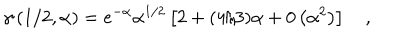
\gamma \left( 1 / 2 , \alpha \right) = e ^ { - \alpha } \alpha ^ { 1 / 2 } \left[ 2 + ( 4 / 3 ) \alpha + 0 \left( \alpha ^ { 2 } \right) \right] \quad ,